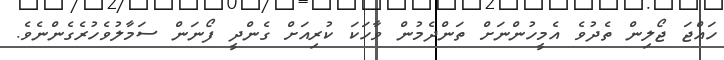
ހައްޖަ ޖޯލިން ތެދުވެ އެމީހުންނަށް ތަންދެމުން ވާހަކަ ކުރިއަށް ގެންދީ ފޯނަން ސަމާލުވެހުރެގެންނެވެ.